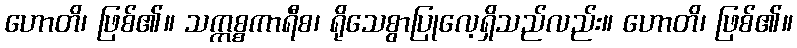
ဟောတိ၊ ဖြစ်၏။ သက္ကစ္စကာရီစ၊ ရိုသေစွာပြုလေ့ရှိသည်လည်း။ ဟောတိ၊ ဖြစ်၏။